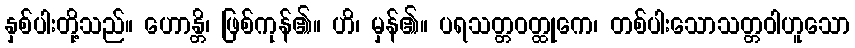
နှစ်ပါးတို့သည်။ ဟောန္တိ၊ ဖြစ်ကုန်၏။ ဟိ၊ မှန်၏။ ပရသတ္တဝတ္ထုကေ၊ တစ်ပါးသောသတ္တဝါဟူသော